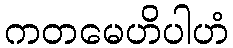
ကတမေဟိပါဟံ